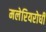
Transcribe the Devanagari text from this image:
मलेरियरोधी